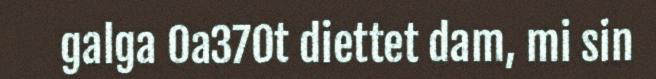
galga 0a370t diettet dam, mi sin